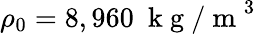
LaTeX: \rho_{0}=8,960~\mathrm{~k~g~/~m~}^{3}